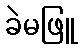
ခဲမဖြူ